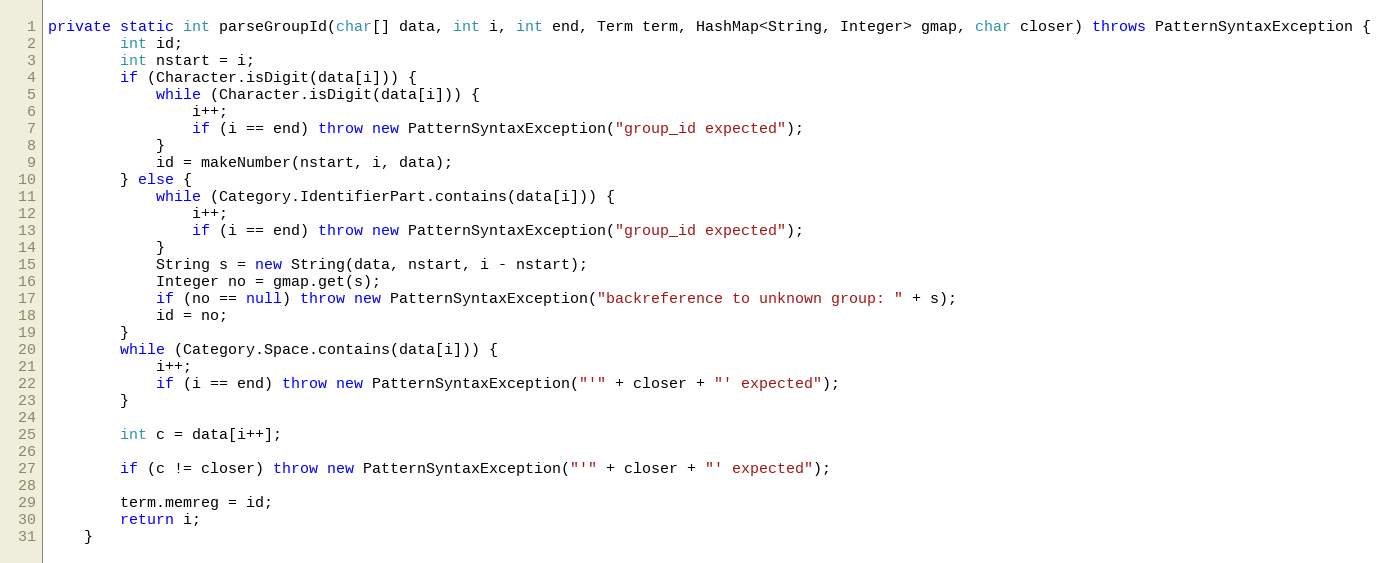
Language: Java
private static int parseGroupId(char[] data, int i, int end, Term term, HashMap<String, Integer> gmap, char closer) throws PatternSyntaxException {
        int id;
        int nstart = i;
        if (Character.isDigit(data[i])) {
            while (Character.isDigit(data[i])) {
                i++;
                if (i == end) throw new PatternSyntaxException("group_id expected");
            }
            id = makeNumber(nstart, i, data);
        } else {
            while (Category.IdentifierPart.contains(data[i])) {
                i++;
                if (i == end) throw new PatternSyntaxException("group_id expected");
            }
            String s = new String(data, nstart, i - nstart);
            Integer no = gmap.get(s);
            if (no == null) throw new PatternSyntaxException("backreference to unknown group: " + s);
            id = no;
        }
        while (Category.Space.contains(data[i])) {
            i++;
            if (i == end) throw new PatternSyntaxException("'" + closer + "' expected");
        }

        int c = data[i++];

        if (c != closer) throw new PatternSyntaxException("'" + closer + "' expected");

        term.memreg = id;
        return i;
    }